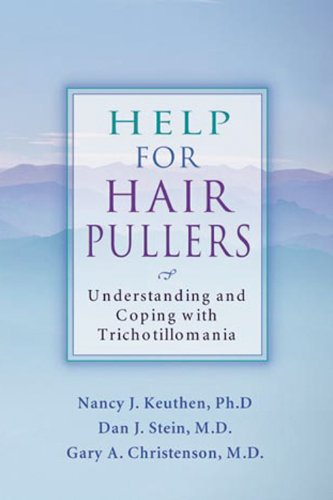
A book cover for Help for Hair Pullers: Understanding and Coping with Trichotillomania; Nancy Keuthen; Health, Fitness & Dieting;